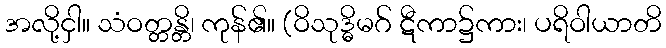
အလို့ငှါ။ သံဝတ္တန္တိ၊ ကုန်၏။ (ဝိသုဒ္ဓိမဂ် ဋီကာ၌ကား၊ ပရိဝါယာတိ